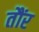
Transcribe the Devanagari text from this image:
तौंर